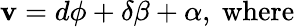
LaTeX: \mathbf{v}=d\phi+\delta\beta+\alpha,\ \mathrm{{where}}